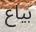
بياع